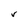
Character: V